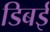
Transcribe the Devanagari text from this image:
डिबई